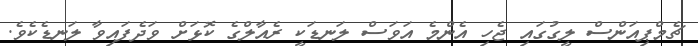
ޗެމްޕިއަންސް ލީގުގައި ޖެހި އެންމެ އަވަސް ލަނޑަކީ ރެއާލްގެ ކޮޅަށް ވަދެފައިވާ ލަނޑެކެވެ.